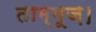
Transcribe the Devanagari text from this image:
ताम्मूज़।